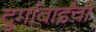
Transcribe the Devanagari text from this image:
दुर्गाबाईंची